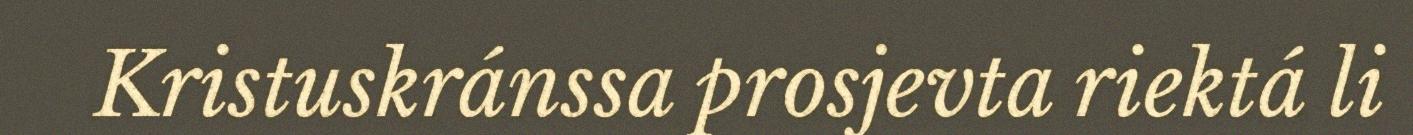
Kristuskránssa prosjevta riektá li